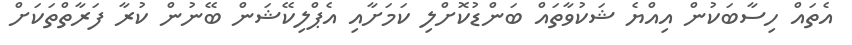
އެތައް ހިސާބަކުން އިއްޔެ ޝަކުވާތައް ބަންޑުކޮށްލި ކަމަށާއި އެޕްލިކޭޝަން ބޭނުން ކުރާ ފަރާތްތަކަށް